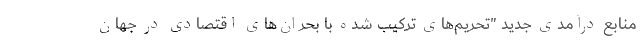
منابع درآمدی جدید "تحریم‌های ترکیب شده با بحران‌های اقتصادی در جهان